Annual report on the Civil Veterinary Department, Burma (including the Insein Veterinary School) - 1932-1941
Year: 1932
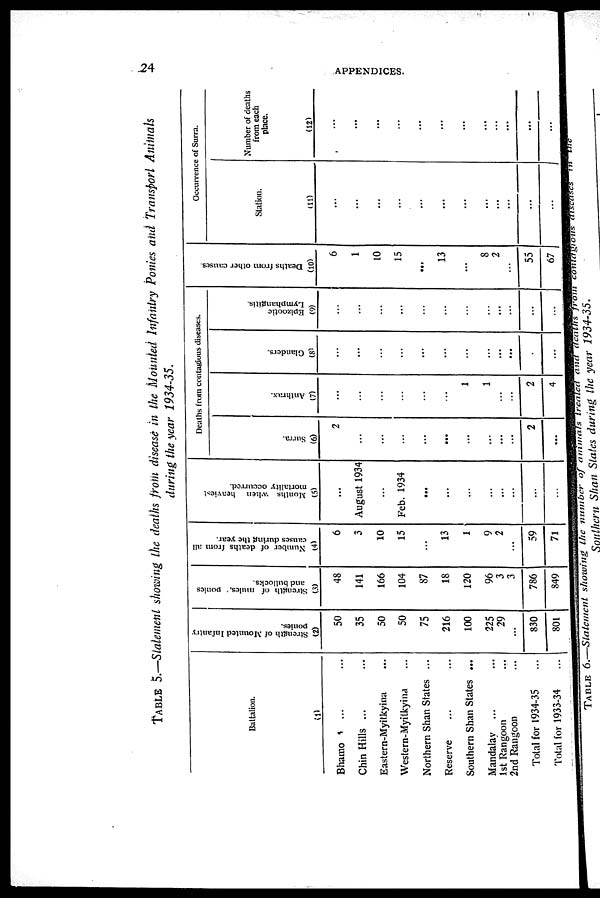
24
APPENDICES.
TABLE 5.—Statement showing the deaths from disease in the Mounted Infantry Ponies and Transport Animals
during the year 1934-35.
Battalion.
(1)
Bhamo ... ...
Chin Hills ... ...
Eastern-Myitkyina ...
Western-Myitkyina ...
Northern Shan States ...
Reserve ... ...
Southern Shan States ...
Mandalay
... ...
1st Rangoon ...
2nd Rangoon ...
Total for 1934-35 ...
Total for 1933-34 ...
Strength of Mounted Infantry
ponies.
(2)
50
35
50
50
75
216
100
225
29
...
830
801
Strength of mules, ponies
and bullocks.
(3)
48
141
166
104
87
18
120
96
3
3
786
849
Number of deaths from all
causes during the year.
(4)
6
3
10
15
13
1
9
2
...
59
71
Months when heaviest
mortality occurred.
(5)
...
August 1934
...
Feb. 1934
...
...
...
...
...
...
...
...
Deaths from contagious diseases.
Surra.
(6)
2
...
...
...
...
...
...
...
...
...
2
...
Anthrax.
(7)
...
...
...
...
...
...
1
1
...
2
4
Glanders.
(8)
...
...
...
...
...
...
...
...
...
...
...
...
Epizootic
Lymphangitis.
(9)
...
...
...
...
...
...
...
...
...
...
...
...
Deaths from other causes.
(10)
6
1
10
15
...
13
...
8
2
...
55
67
Occurrence of Surra.
Station.
(11)
...
...
...
...
...
...
...
...
...
...
...
...
Number of deaths
from each
place.
(12)
...
...
...
...
...
...
...
...
...
...
...
...